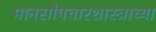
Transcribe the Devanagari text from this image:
मानसोपचारशास्त्राच्या